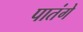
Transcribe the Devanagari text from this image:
पातंगे